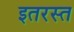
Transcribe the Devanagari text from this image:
इतरस्त